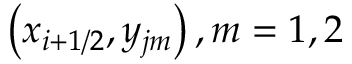
\left( { { x } _ { i + 1 / 2 } } , { { y } _ { j m } } \right) , m = 1 , 2